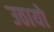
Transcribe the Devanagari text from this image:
उठायो